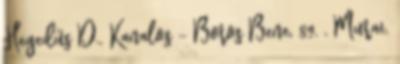
Hegedűs D., Kanalos – Boros Bene, 89. , Murai.